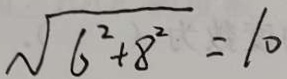
\sqrt { 6 ^ { 2 } + 8 ^ { 2 } } = 1 0